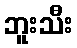
ဘူးသီး